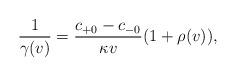
LaTeX: \begin{align*} \frac{1}{\gamma(v)}=\frac{c_{+0}-c_{-0}}{\kappa v}(1+\rho(v)),\end{align*}